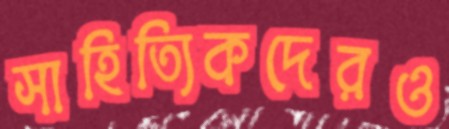
সাহিত্যিকদেরও